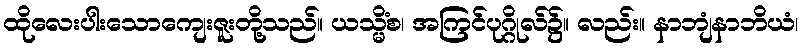
ထိုလေးပါးသောကျေးဇူးတို့သည်။ ယသ္မိံစ၊ အကြင်ပုဂ္ဂိုလ်၌။ လည်း။ နာဘျံနာဘိယံ၊